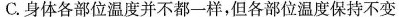
C.身体各部位温度并不都一样，但各部位温度保持不变